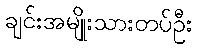
ချင်းအမျိုးသားတပ်ဦး